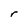
Character: r